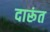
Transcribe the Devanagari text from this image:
दारूंत